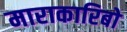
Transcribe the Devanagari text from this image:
माराकारिबो